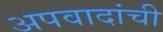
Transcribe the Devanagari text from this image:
अपवादांची